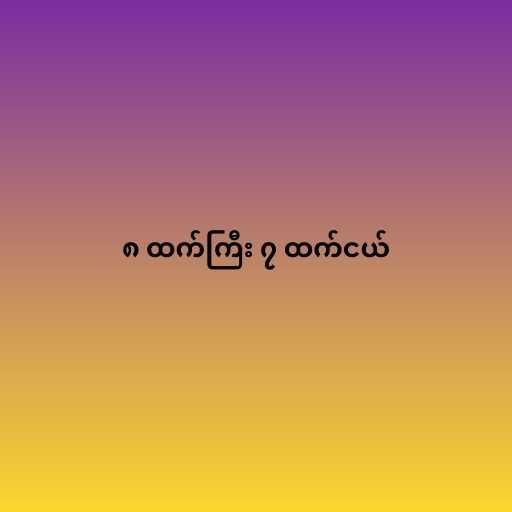
၈ ထက်ကြီး ၇ ထက်ငယ်